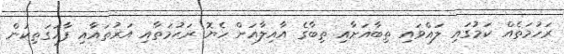
ރަހުމަތެއް ކަމުގައި ލައްވައި ތިބާއަށާއި ތިބާގެ އާއިލާއަށް ހެޔޮ ރަޙުމަތާއި އަރުތައާއި ފާހަގަތިކަން